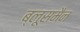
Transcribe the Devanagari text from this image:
ब्लूसमैन